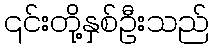
၎င်းတို့နှစ်ဦးသည်